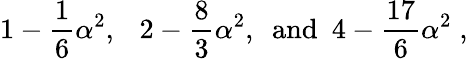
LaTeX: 1-\frac{1}{6}\alpha^{2},~~~2-\frac{8}{3}\alpha^{2},{}~~\mathrm{and}~~4-\frac{17}{6}\alpha^{2}\; ,